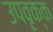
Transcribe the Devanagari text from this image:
उपवृक्क